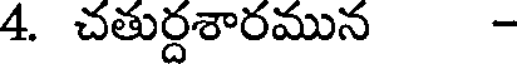
4. చతుర్దశారమున -